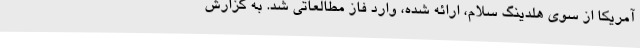
آمریکا از سوی هلدینگ سلام، ارائه شده، وارد فاز مطالعاتی شد. به گزارش